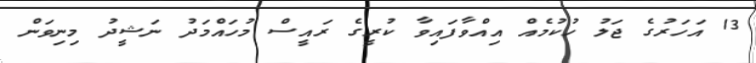
13 އަހަރުގެ ޖަލު ހުކުމެއް އިއްވާފައިވާ ކުރީގެ ރައީސް މުހައްމަދު ނަޝީދު މިނިވަން